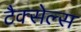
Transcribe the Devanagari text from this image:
टैक्सेल्स